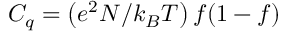
C _ { q } = \left( e ^ { 2 } N / { k _ { B } T } \right) f ( 1 - f )